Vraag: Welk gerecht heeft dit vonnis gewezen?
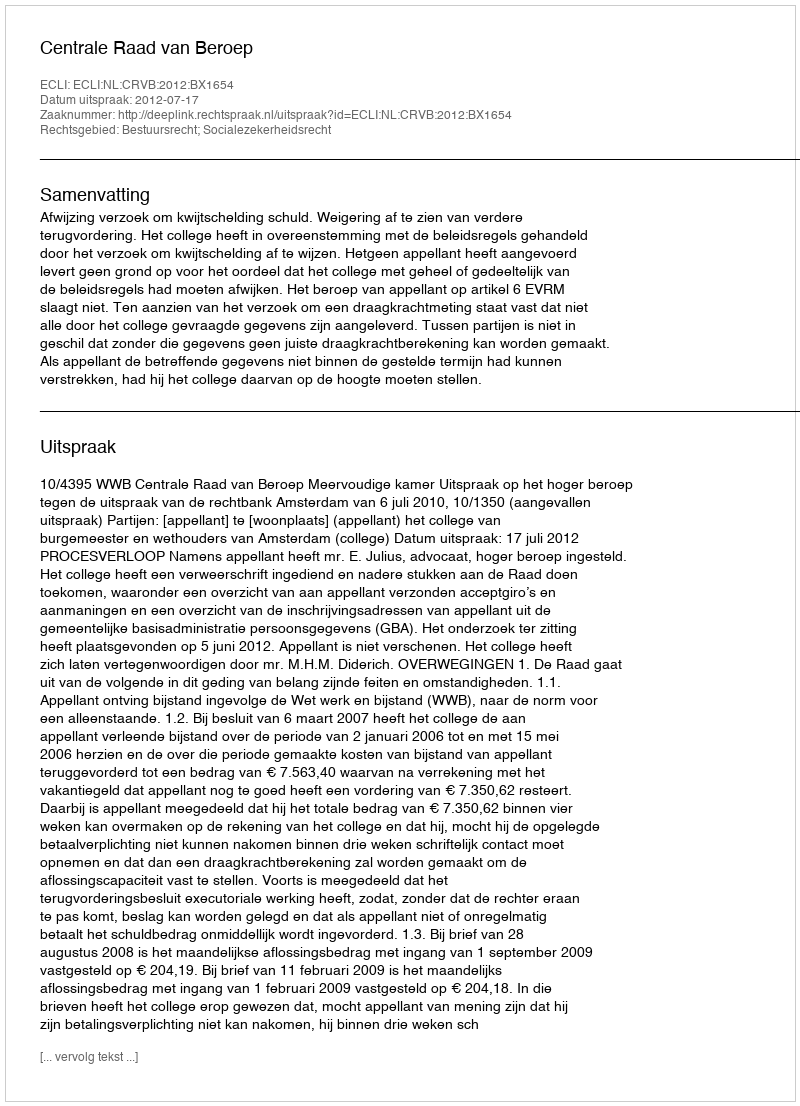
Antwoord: Centrale Raad van Beroep